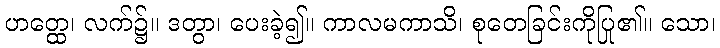
ဟတ္ထေ၊ လက်၌။ ဒတွာ၊ ပေးခဲ့၍။ ကာလမကာသိ၊ စုတေခြင်းကိုပြု၏။ သော၊